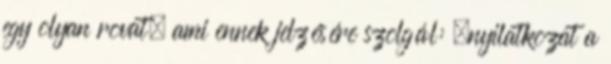
egy olyan rovat, ami ennek jelzésére szolgál: „nyilatkozat a